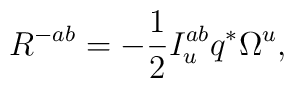
R^{-ab}=-{1\over 2}I_u^{ab}q^*\Omega^u,